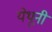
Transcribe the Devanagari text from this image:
येथूनी